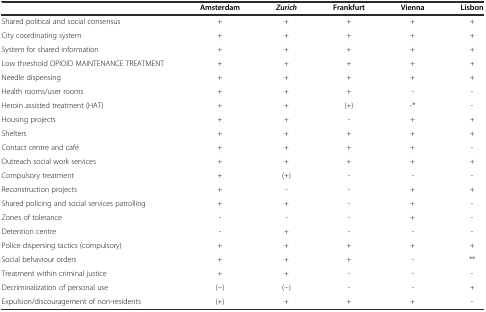
<table><thead><tr><td></td><td><b>Amsterdam</b></td><td><b><i>Zurich</i></b></td><td><b>Frankfurt</b></td><td><b>Vienna</b></td><td><b>Lisbon</b></td></tr></thead><tbody><tr><td>Shared political and social consensus</td><td>+</td><td>+</td><td>+</td><td>+</td><td>+</td></tr><tr><td>City coordinating system</td><td>+</td><td>+</td><td>+</td><td>+</td><td>+</td></tr><tr><td>System for shared information</td><td>+</td><td>+</td><td>+</td><td>+</td><td>+</td></tr><tr><td>Low threshold OPIOID MAINTENANCE TREATMENT</td><td>+</td><td>+</td><td>+</td><td>+</td><td>+</td></tr><tr><td>Needle dispensing</td><td>+</td><td>+</td><td>+</td><td>+</td><td>+</td></tr><tr><td>Health rooms/user rooms</td><td>+</td><td>+</td><td>+</td><td>-</td><td>-</td></tr><tr><td>Heroin assisted treatment (HAT)</td><td>+</td><td>+</td><td>(+)</td><td>-*</td><td>-</td></tr><tr><td>Housing projects</td><td>+</td><td>+</td><td>-</td><td>+</td><td>+</td></tr><tr><td>Shelters</td><td>+</td><td>+</td><td>+</td><td>+</td><td>+</td></tr><tr><td>Contact centre and café</td><td>+</td><td>+</td><td>+</td><td>+</td><td>-</td></tr><tr><td>Outreach social work services</td><td>+</td><td>+</td><td>+</td><td>+</td><td>+</td></tr><tr><td>Compulsory treatment</td><td>+</td><td>(+)</td><td>-</td><td>-</td><td>-</td></tr><tr><td>Reconstruction projects</td><td>+</td><td>-</td><td>-</td><td>+</td><td>+</td></tr><tr><td>Shared policing and social services patrolling</td><td>+</td><td>+</td><td>-</td><td>+</td><td>-</td></tr><tr><td>Zones of tolerance</td><td>-</td><td>-</td><td>-</td><td>+</td><td>-</td></tr><tr><td>Detention centre</td><td>-</td><td>+</td><td>-</td><td>-</td><td>-</td></tr><tr><td>Police dispersing tactics (compulsory)</td><td>+</td><td>+</td><td>+</td><td>+</td><td>+</td></tr><tr><td>Social behaviour orders</td><td>+</td><td>+</td><td>+</td><td>-</td><td>**</td></tr><tr><td>Treatment within criminal justice</td><td>+</td><td>+</td><td>-</td><td>-</td><td>-</td></tr><tr><td>Decriminalization of personal use</td><td>(−)</td><td>(−)</td><td>-</td><td>-</td><td>+</td></tr><tr><td>Expulsion/discouragement of non-residents</td><td>(+)</td><td>+</td><td>+</td><td>+</td><td>-</td></tr></tbody></table>